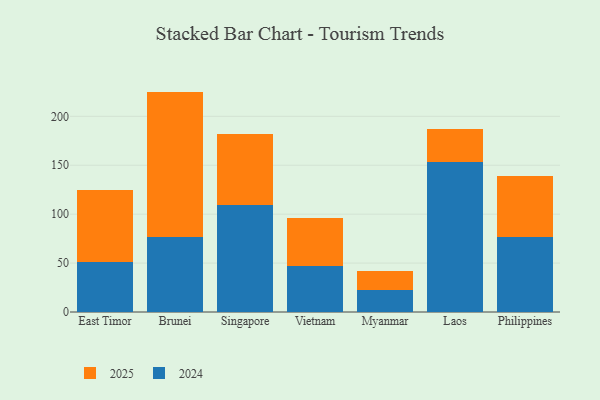
{"axis": {"x": "Country", "y": "Humidity (%)"}, "legend": ["2024", "2025"], "data": [{"x": "East Timor", "y": 50.8, "type": "2024"}, {"x": "East Timor", "y": 73.8, "type": "2025"}, {"x": "Brunei", "y": 76.5, "type": "2024"}, {"x": "Brunei", "y": 148.8, "type": "2025"}, {"x": "Singapore", "y": 109.5, "type": "2024"}, {"x": "Singapore", "y": 72.8, "type": "2025"}, {"x": "Vietnam", "y": 46.9, "type": "2024"}, {"x": "Vietnam", "y": 49.4, "type": "2025"}, {"x": "Myanmar", "y": 22.2, "type": "2024"}, {"x": "Myanmar", "y": 19.9, "type": "2025"}, {"x": "Laos", "y": 153.3, "type": "2024"}, {"x": "Laos", "y": 33.9, "type": "2025"}, {"x": "Philippines", "y": 77.1, "type": "2024"}, {"x": "Philippines", "y": 62.3, "type": "2025"}]}